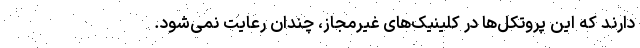
دارند که این پروتکل‌ها در کلینیک‌های غیرمجاز، چندان رعایت نمی‌شود.